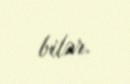
bilər.